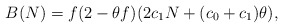
\begin{align*} B(N)=f(2-\theta f)(2c_1N+(c_0+c_1)\theta),\end{align*}